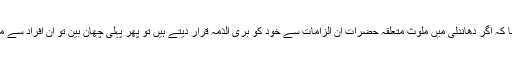
اگرچہ ابھی تک یہ سوال نہیں اُٹھا کہ اگر دھاندلی میں ملوث متعلقہ حضرات اُن الزامات سے خود کو بری الذمہ قرار دیتے ہیں تو پھر پہلی چھان بین تو اُن افراد سے متعلق دعوؤں کی ہی ہونی چاہئے۔